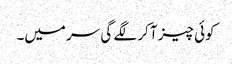
کوئی چیز آ کر لگے گی سر میں۔